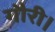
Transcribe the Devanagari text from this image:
गौरी।